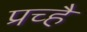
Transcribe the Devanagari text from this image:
प्रच्है